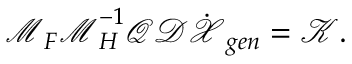
\boldsymbol { \mathcal { M } } _ { F } \boldsymbol { \mathcal { M } } _ { H } ^ { - 1 } \boldsymbol { \mathcal { Q } } \boldsymbol { \mathcal { D } } \dot { \boldsymbol { \mathcal { X } } } _ { g e n } = \boldsymbol { \mathcal { K } } .